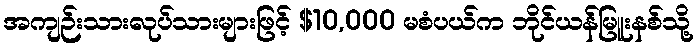
အကျဉ်းသားလုပ်သားများဖြင့် $10,000 မစံပယ်က ဘိုင်ယန်မြူးနစ်သို့